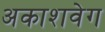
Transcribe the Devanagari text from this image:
अकाशवेग